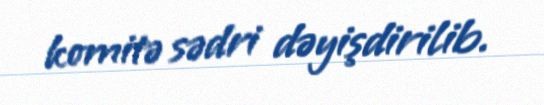
komitə sədri dəyişdirilib.